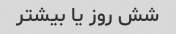
شش روز یا بیشتر